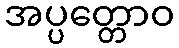
အပ္ပတ္တောဝ